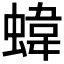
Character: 𧍫